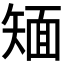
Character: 𱳢